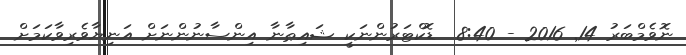
ނޮވެމްބަރު 14